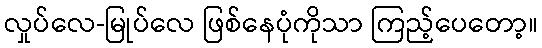
လှုပ်လေ-မြုပ်လေ ဖြစ်နေပုံကိုသာ ကြည့်ပေတော့။